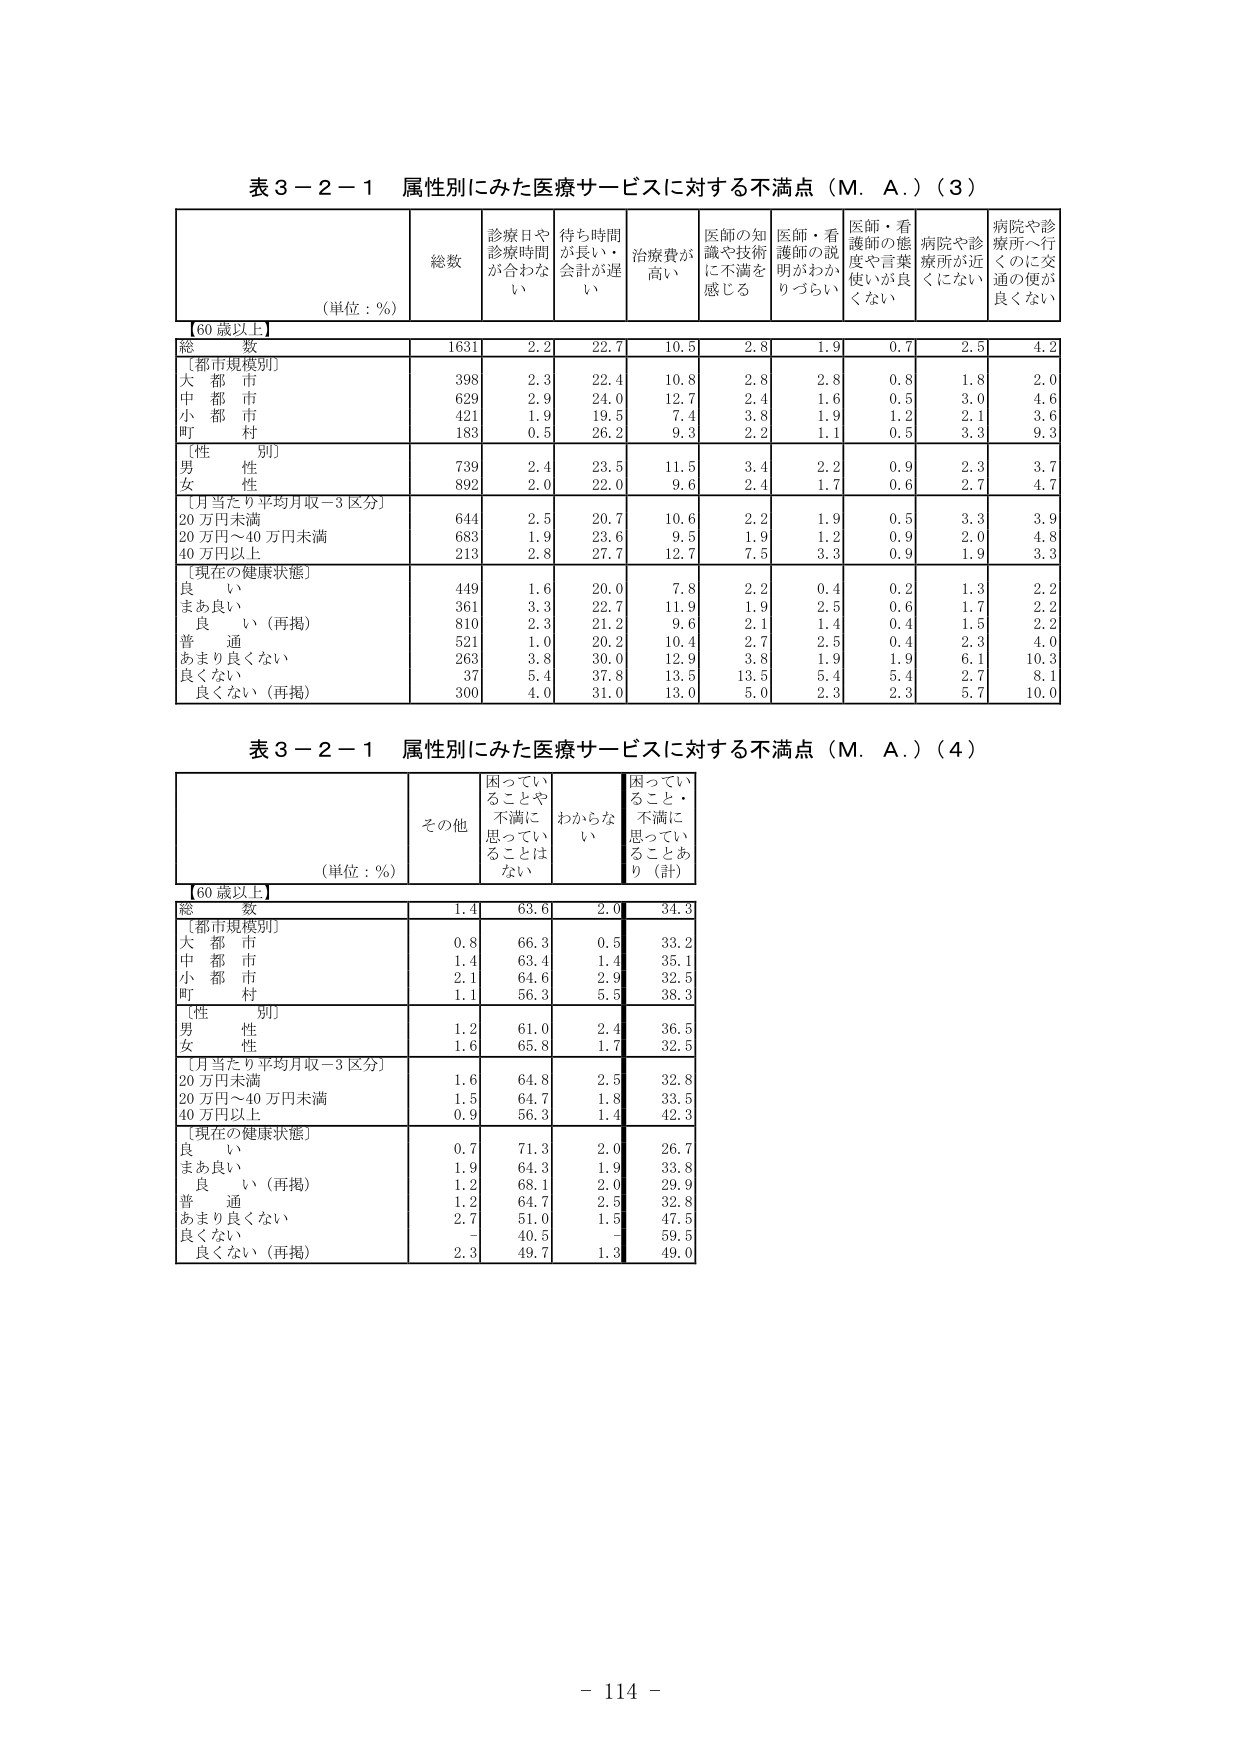
表３－２－１ 属性別にみた医療サービスに対する不満点（Ｍ．Ａ．）（３）

（単位：％）

診療日や
診療時間が合わない
待ち時間が長い・会計が遅い
治療費が高い
医師の知識や技術に不満を感じる
医師・看護師の説明がわかりづらい
医師・看護師の態度や言葉使いが良くない
病院や診療所が近くにない
病院や診療所へ行くのに交通の便が良くない

[60歳以上]

総数
1631
2.2
22.7
10.5
2.8
1.9
0.7
2.5
4.2

[都市規模別]
大都市
398
2.3
22.4
10.8
2.8
2.8
0.8
1.8
2.0
中都市
629
2.9
24.0
12.7
2.4
1.6
0.5
3.0
4.6
小都市
421
1.9
19.5
7.4
3.8
1.9
1.2
2.1
3.6
町村
183
0.5
26.2
9.3
2.2
1.1
0.5
3.3
9.3

[性別]
男性
739
2.4
23.5
11.5
3.4
2.2
0.9
2.3
3.7
女性
892
2.0
22.0
9.6
2.4
1.7
0.6
2.7
4.7

[月当たり平均月収－3区分]
20万円未満
644
2.5
20.7
10.6
2.2
1.9
0.5
3.3
3.9
20万円～40万円未満
683
1.9
23.6
9.5
1.9
1.2
0.9
2.0
4.8
40万円以上
213
2.8
27.7
12.7
7.5
3.3
0.9
1.9
3.3

[現在の健康状態]
良い
449
1.6
20.0
7.8
2.2
0.4
0.2
1.3
2.2
まあ良い
361
3.3
22.7
11.9
1.9
2.5
0.6
1.7
2.2
良い（再掲）
810
2.3
21.2
9.6
2.1
1.4
0.4
1.5
2.2
普通
521
1.0
20.2
10.4
2.7
2.5
0.4
2.3
4.0
あまり良くない
263
3.8
30.0
12.9
3.8
1.9
1.9
6.1
10.3
良くない
37
5.4
37.8
13.5
13.5
5.4
5.4
2.7
8.1
良くない（再掲）
300
4.0
31.0
13.0
5.0
2.3
2.3
5.7
10.0

表３－２－１ 属性別にみた医療サービスに対する不満点（Ｍ．Ａ．）（４）

（単位：％）

その他
困っていることや不満に思っていることはない
わからない
困っていること・不満に思っていることあり（計）

[60歳以上]

総数
1.4
63.6
2.0
34.3

[都市規模別]
大都市
0.8
66.3
0.5
33.2
中都市
1.4
63.4
1.4
35.1
小都市
2.1
64.6
2.9
32.5
町村
1.1
56.3
5.5
38.3

[性別]
男性
1.2
61.0
2.4
36.5
女性
1.6
65.8
1.7
32.5

[月当たり平均月収－3区分]
20万円未満
1.6
64.8
2.5
32.8
20万円～40万円未満
1.5
64.7
1.8
33.5
40万円以上
0.9
56.3
1.4
42.3

[現在の健康状態]
良い
0.7
71.3
2.0
26.7
まあ良い
1.9
64.3
1.9
33.8
良い（再掲）
1.2
68.1
2.0
29.9
普通
1.2
64.7
2.5
32.8
あまり良くない
2.7
51.0
1.5
47.5
良くない
－
40.5
－
59.5
良くない（再掲）
2.3
49.7
1.3
49.0

- 114 -